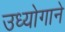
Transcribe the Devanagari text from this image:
उध्योगाने